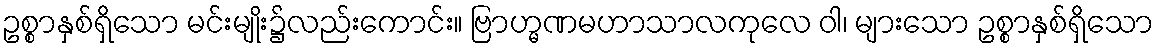
ဥစ္စာနှစ်ရှိသော မင်းမျိုး၌လည်းကောင်း။ ဗြာဟ္မဏမဟာသာလကုလေ ဝါ၊ များသော ဥစ္စာနှစ်ရှိသော